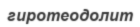
гиротеодолит